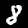
Digit: 8